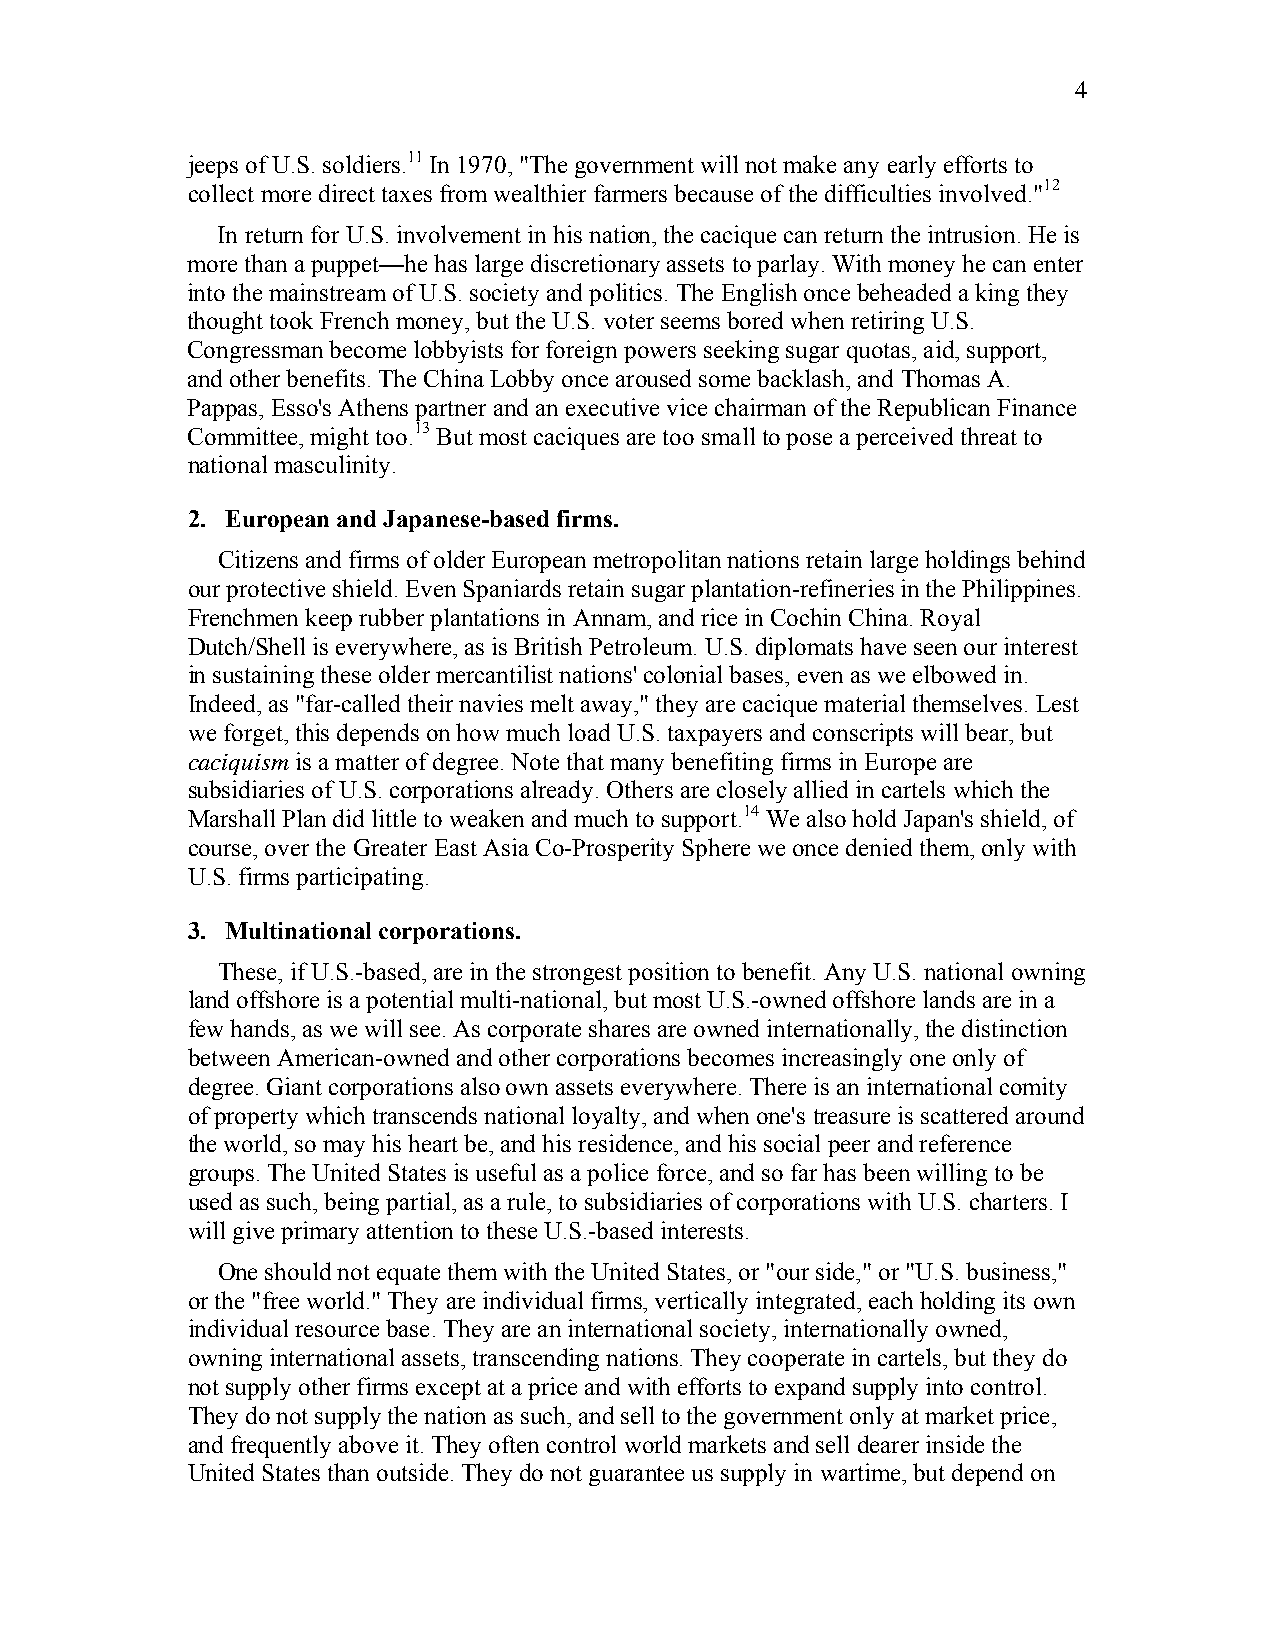
4
 jeeps of U.S. soldiers.11 In 1970, "The government will not make any early efforts to
 collect more direct taxes from wealthier farmers because of the difficulties involved."12
 In return for U.S. involvement in his nation, the cacique can return the intrusion. He is
 more than a puppet—he has large discretionary assets to parlay. With money he can enter
 into the mainstream of U.S. society and politics. The English once beheaded a king they
 thought took French money, but the U.S. voter seems bored when retiring U.S.
 Congressman become lobbyists for foreign powers seeking sugar quotas, aid, support,
 and other benefits. The China Lobby once aroused some backlash, and Thomas A.
 Pappas, Esso's Athens partner and an executive vice chairman of the Republican Finance
 Committee, might too.13 But most caciques are too small to pose a perceived threat to
 national masculinity.
 2. European and Japanese-based firms.
 Citizens and firms of older European metropolitan nations retain large holdings behind
 our protective shield. Even Spaniards retain sugar plantation-refineries in the Philippines.
 Frenchmen keep rubber plantations in Annam, and rice in Cochin China. Royal
 Dutch/Shell is everywhere, as is British Petroleum. U.S. diplomats have seen our interest
 in sustaining these older mercantilist nations' colonial bases, even as we elbowed in.
 Indeed, as "far-called their navies melt away," they are cacique material themselves. Lest
 we forget, this depends on how much load U.S. taxpayers and conscripts will bear, but
 caciquism is a matter of degree. Note that many benefiting firms in Europe are
 subsidiaries of U.S. corporations already. Others are closely allied in cartels which the
 Marshall Plan did little to weaken and much to support.14 We also hold Japan's shield, of
 course, over the Greater East Asia Co-Prosperity Sphere we once denied them, only with
 U.S. firms participating.
 3. Multinational corporations.
 These, if U.S.-based, are in the strongest position to benefit. Any U.S. national owning
 land offshore is a potential multi-national, but most U.S.-owned offshore lands are in a
 few hands, as we will see. As corporate shares are owned internationally, the distinction
 between American-owned and other corporations becomes increasingly one only of
 degree. Giant corporations also own assets everywhere. There is an international comity
 of property which transcends national loyalty, and when one's treasure is scattered around
 the world, so may his heart be, and his residence, and his social peer and reference
 groups. The United States is useful as a police force, and so far has been willing to be
 used as such, being partial, as a rule, to subsidiaries of corporations with U.S. charters. I
 will give primary attention to these U.S.-based interests.
 One should not equate them with the United States, or "our side," or "U.S. business,"
 or the "free world." They are individual firms, vertically integrated, each holding its own
 individual resource base. They are an international society, internationally owned,
 owning international assets, transcending nations. They cooperate in cartels, but they do
 not supply other firms except at a price and with efforts to expand supply into control.
 They do not supply the nation as such, and sell to the government only at market price,
 and frequently above it. They often control world markets and sell dearer inside the
 United States than outside. They do not guarantee us supply in wartime, but depend on